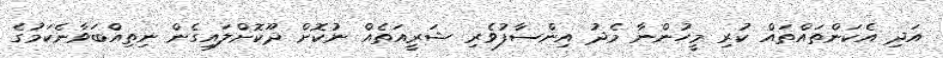
އަދި އެކަންތައްތައް ކުރި މީހުންނާ މެދު އިންސާފުވެރި ޝަރީއަތެއް ނުކޮށް ދޫކޮށްލައިގެން ނިތިއްބަވާނެކަމުގެ